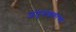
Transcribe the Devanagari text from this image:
जंतुनाशकांच्या